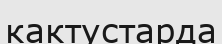
кактустарда